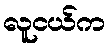
လူငယ်က